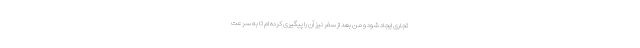
تجاری ایجاد شود و من بعد از سفر نیز آن را پیگیری کرده ام تا به سرعت